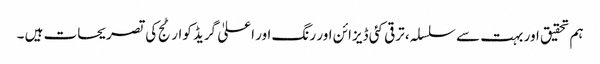
ہم تحقیق اور بہت سے سلسلہ، ترقی کئی ڈیزائن اور رنگ اور اعلیٰ گریڈ کوارٹج کی تصریحات ہیں ۔